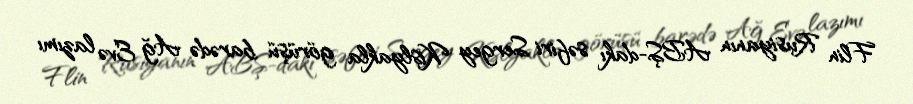
Flin Rusiyanın ABŞ-dakı səfiri Sergey Kislyakla görüşü barədə Ağ Evə lazımı